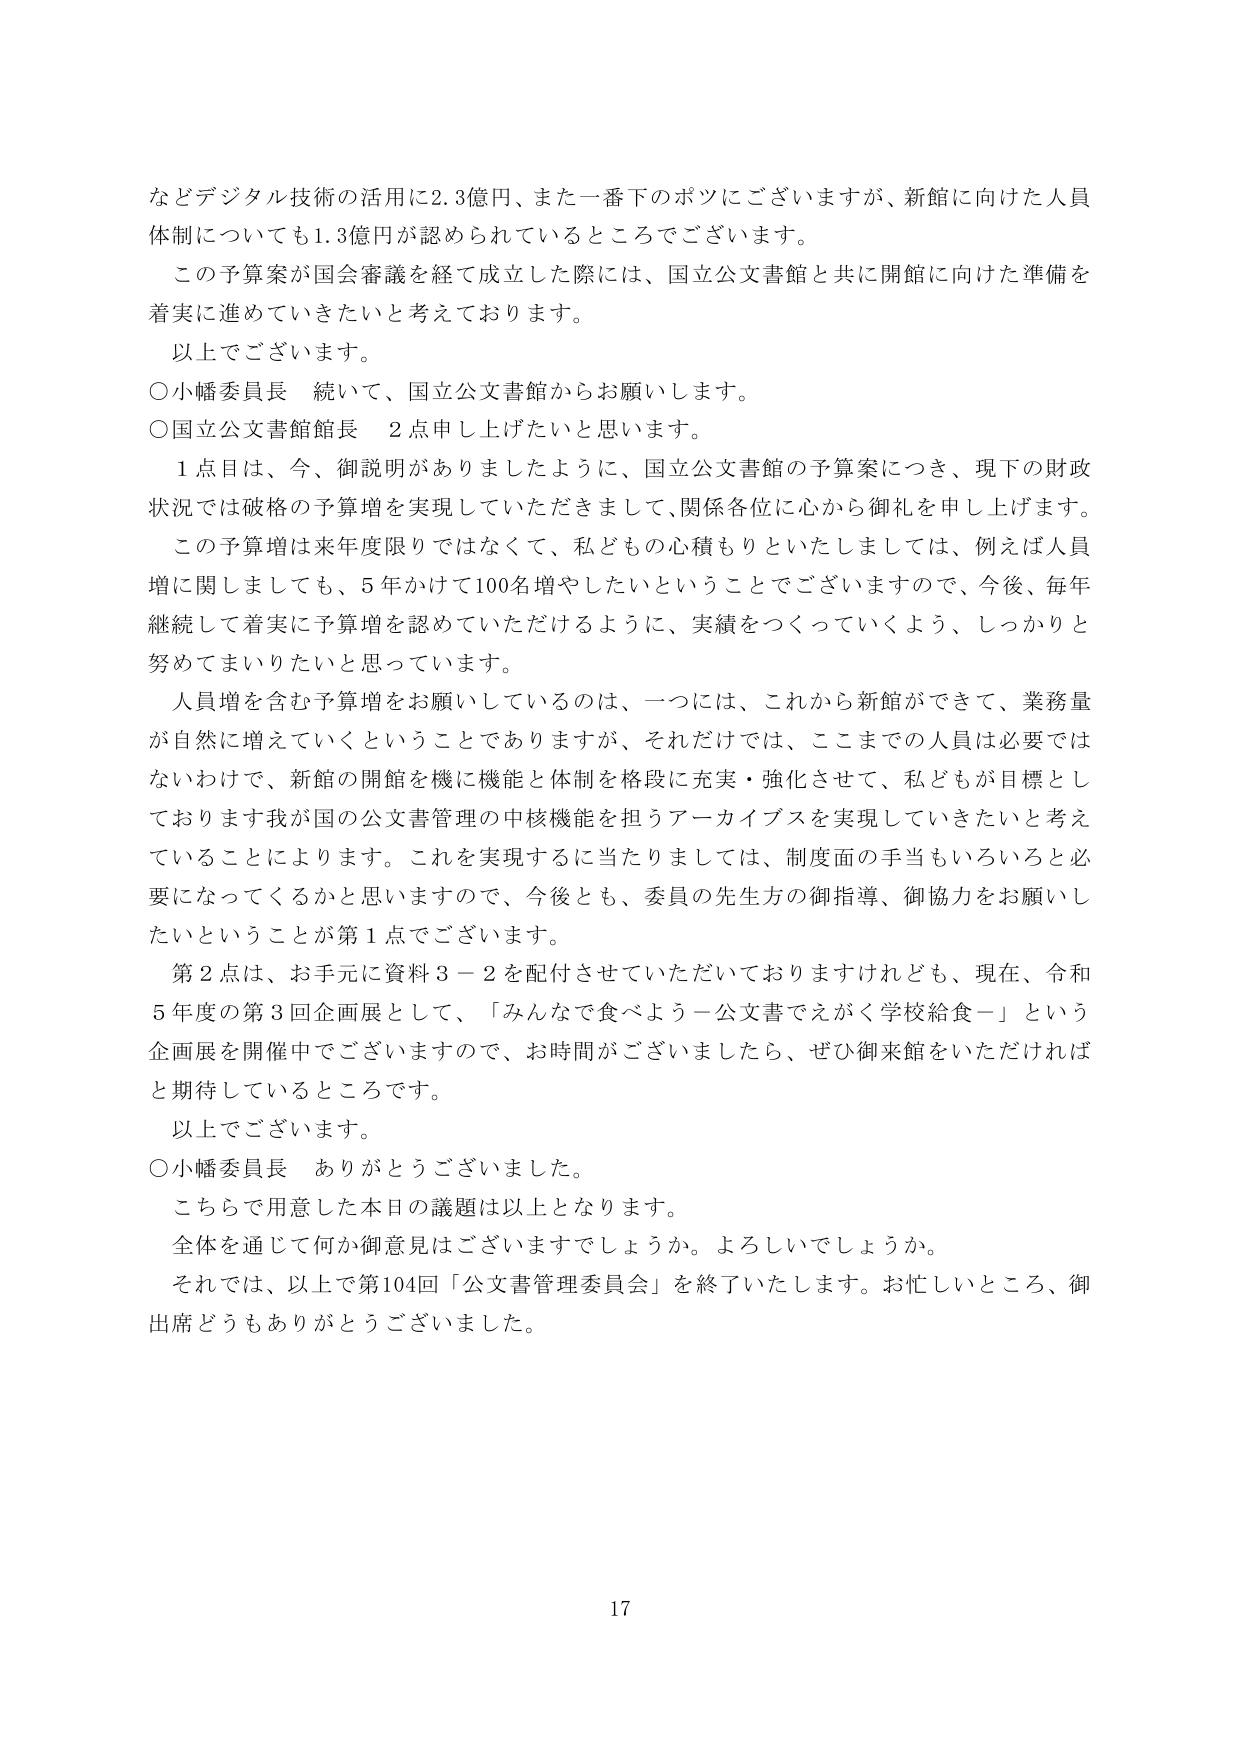
などデジタル技術の活用に2.3億円、また一番下のポツにございますが、新館に向けた人員体制についても1.3億円が認められているところでございます。

この予算案が国会審議を経て成立した際には、国立公文書館と共に開館に向けた準備を着実に進めていきたいと考えております。

以上でございます。

○小幡委員長　続いて、国立公文書館からお願いします。

○国立公文書館館長　2点申し上げたいと思います。

　1点目は、今、御説明がありましたように、国立公文書館の予算案につき、現下の財政状況では破格の予算増を実現していただきますので、関係各位に心から御礼を申し上げます。

　この予算増は来年度限りではなくて、私どもの心積もりといたしましては、例えば人員増に関しましても、5年かけて100名増やしたいということでございますので、今後、毎年継続して着実に予算増を認めていただけるように、実績をつくっていくよう、しっかりと努めてまいりたいと思っています。

　人員増を含む予算増をお願いしているのは、一つには、これから新館ができて、業務量が自然に増えていくということではありますが、それだけでは、ここまでの人員は必要ではないわけで、新館の開館を機に機能と体制を格段に充実・強化させて、私どもが目標としております我が国の公文書管理の中核機能を担うアーカイブスを実現していきたいと考えていることによります。これを実現するに当たりましては、制度面の手当もいろいろと必要になってくるかと思いますので、今後とも、委員の先生方の御指導、御協力をお願いしたいということが第1点でございます。

　第2点は、お手元に資料3－2を配付させていただいておりますけれども、現在、令和5年度の第3回企画展として、「みんなで食べよう－公文書でえがく学校給食－」という企画展を開催中でございますので、お時間がございましたら、ぜひ御来館をいただければと期待しているところです。

以上でございます。

○小幡委員長　ありがとうございました。

　こちらで用意した本日の議題は以上となります。

　全体を通じて何か御意見はございますでしょうか。よろしいでしょうか。

　それでは、以上で第104回「公文書管理委員会」を終了いたします。お忙しいところ、御出席どうもありがとうございました。

17